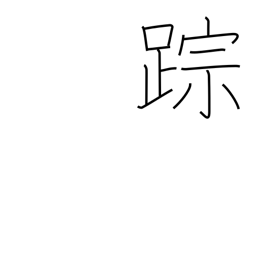
Meaning: clue